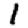
Digit: 1